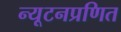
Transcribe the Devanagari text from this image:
न्यूटनप्रणित